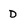
Character: D